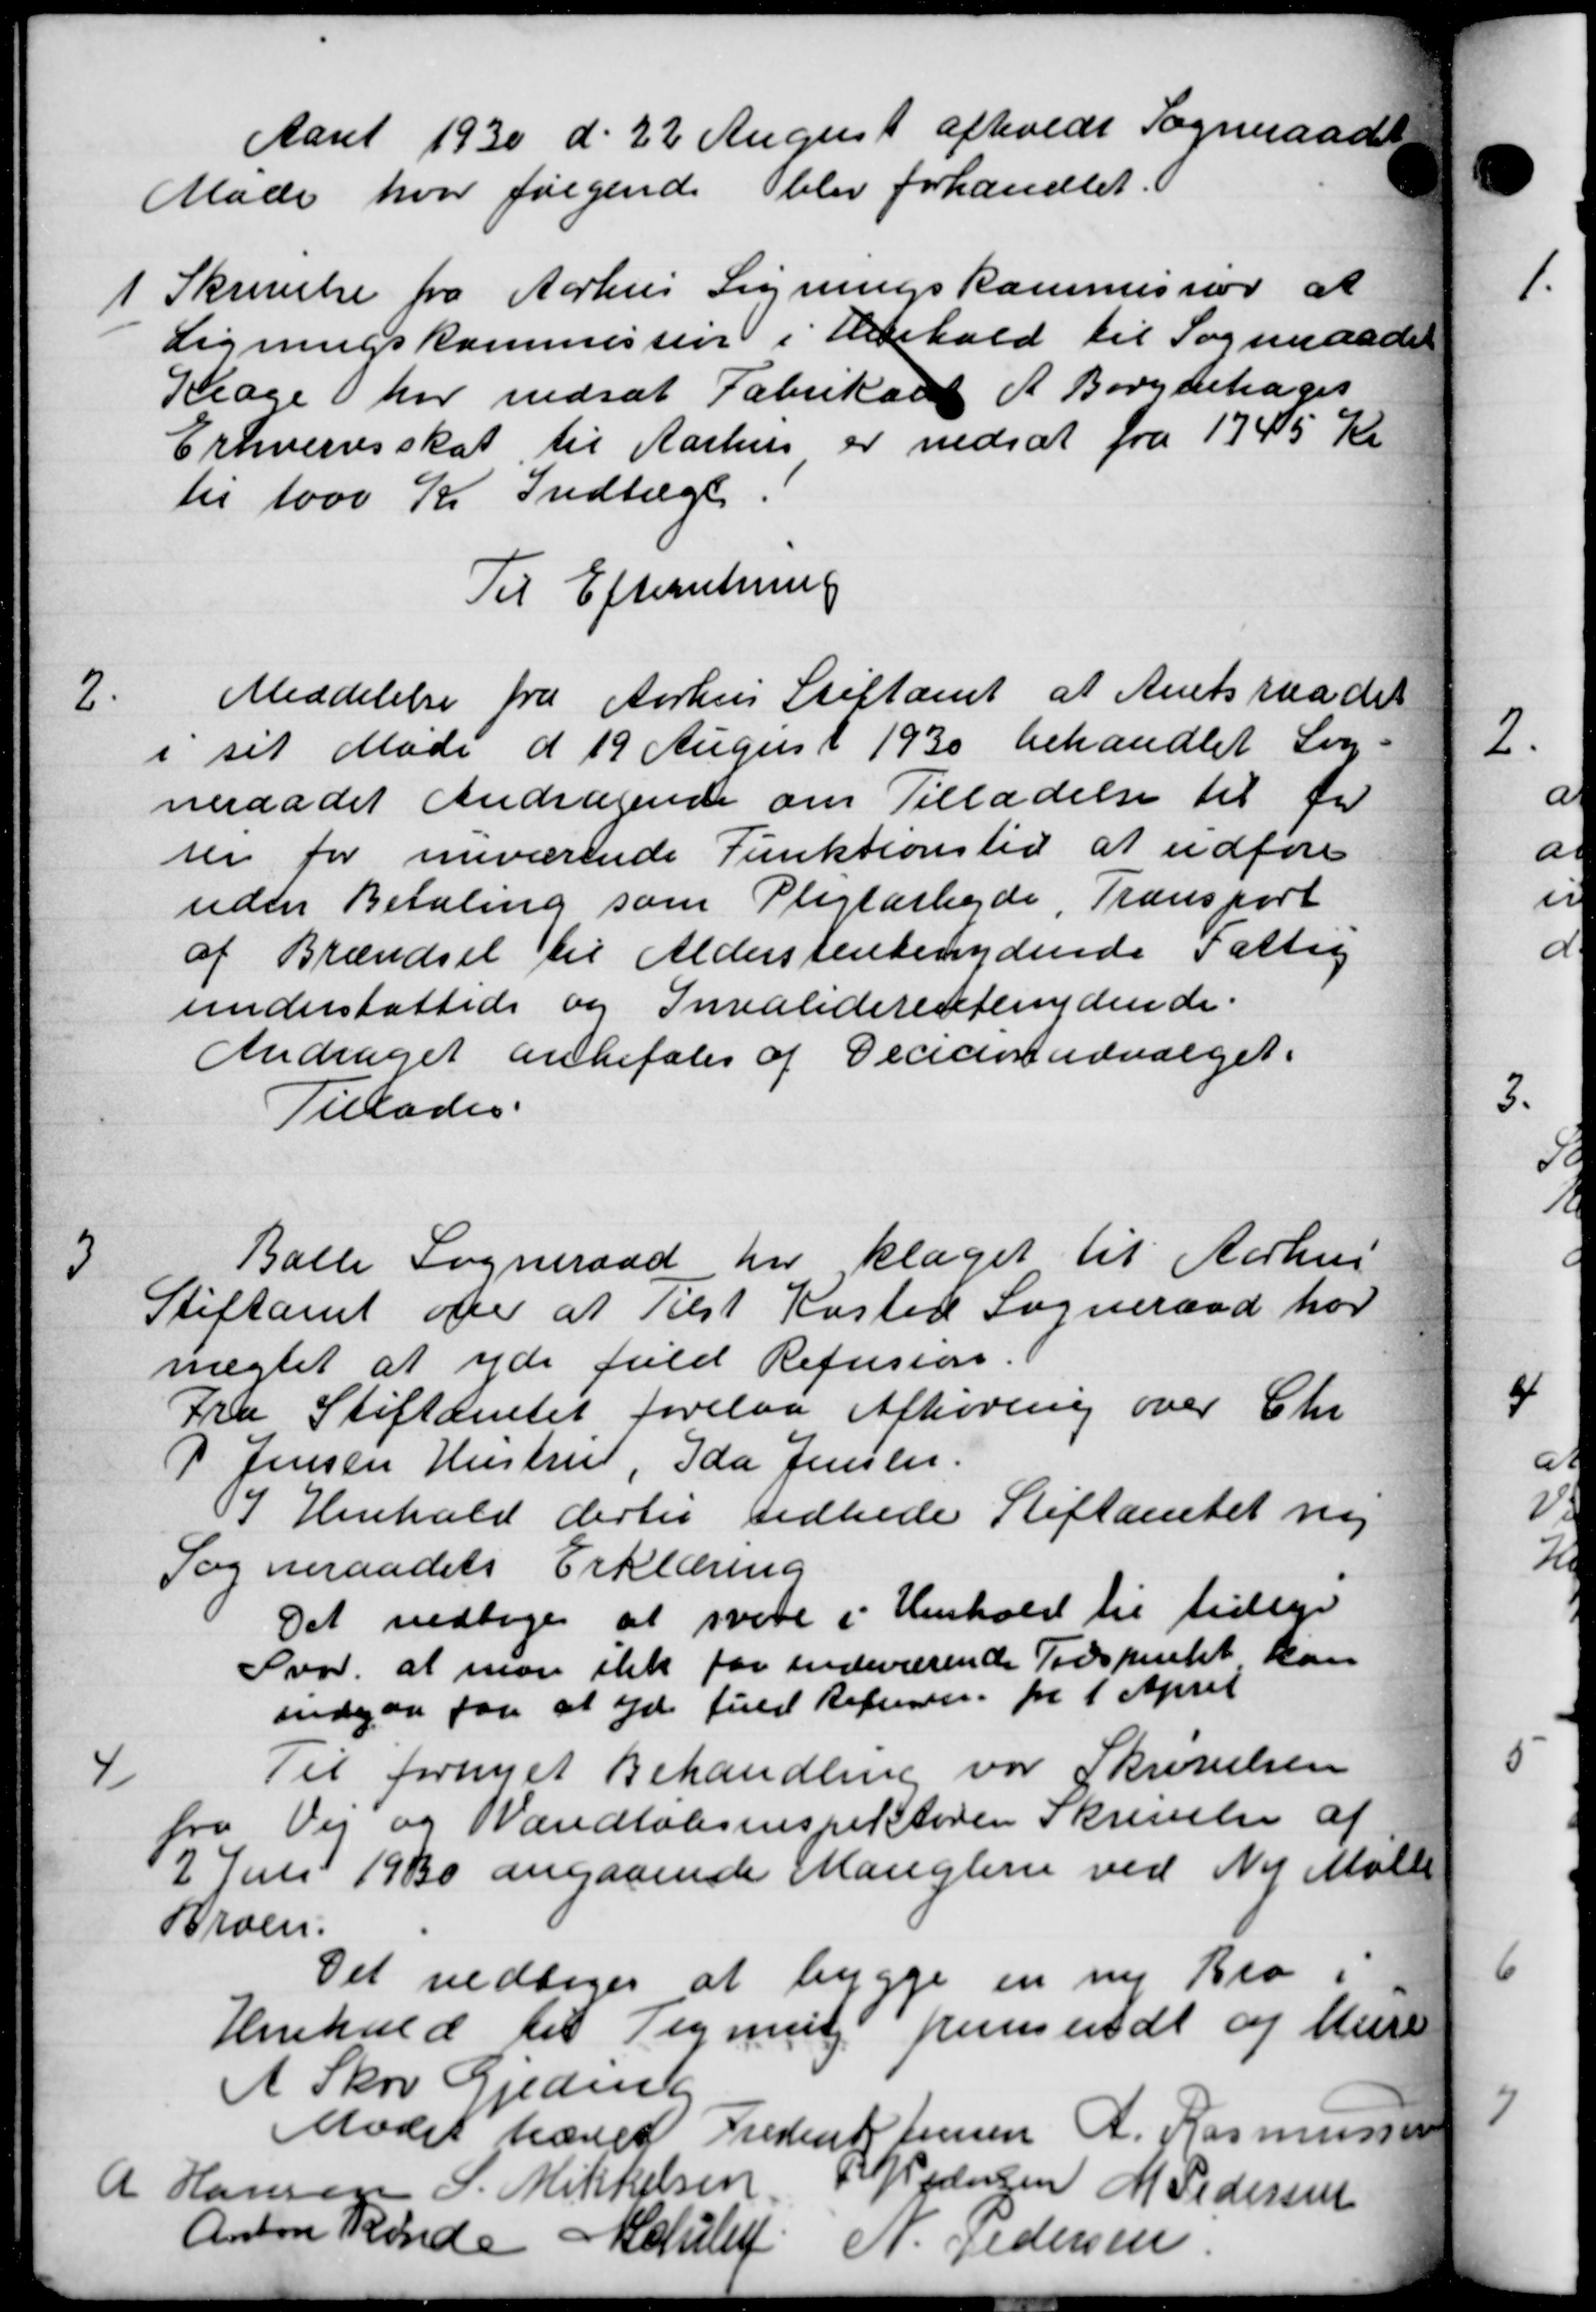
Transskription:
Aaret 1930 d. 22 August afholdt Sogneraadet
Møde hvor følgende blev forhandlet
1
Skrivelse fra Aarhus Ligningskommission at
Ligningskommission i Henhold til Sogneraadet
Klage har nedsat Fabrikant A. Borgetages
Erhvervsskat til Aarhus er nedsat fra 1745 Kr
til 1000 Kr Indtægt
Til Efterretning
2
Meddelelse fra Aarhus Stiftamt at Amtsraadet
i sit Møde d 19 August 1930 behandlet Lig-
neraadet Andragende om Tilladelse til fo
ser for nuværende Punktionstid at udføre
uden Betaling som Pligtarbejde, Transport
af Brændsel til Alderstentenydende Fattig
understøttede og Invaliderentenydende.
Andraget anbefales af Decianudvalget.
Tillades.

Balle Sogneraad har klaget til Aarhus
Stiftamt om at Tilst Kasted Sogneraad har
nægtet at yde fuld Refusion.
Fra Stiftamtet forelaa Afhøring over Chr
P Jensen Hustrup, Ida Jensen.
I Henhold dertil sidlede Stiftamtet ny
Sogneraadets Erklæring
Det vedtoges at svare i Henhold til tidlige
Svor at man ikke for indeværende Tidspunkt kan
indgaa for at Gdr. fuld Refussen fra 1 April
4
Til fornyet Behandling var Skrivelsen
fra Vej og Vandløbsinspektøren Skrivelse af
2 Juni 1930 angaaende Manglerne ved Ny Mølle
Broen.
Det vedtoges at bygge en ny Bro.
Henhold til Tegning fremsendt af Mure
A Skov Gjeding
Mødet hævet Frederik Jensen A. Rasmussen
A Hansen S. Mikkelsen
P P Pedersen M Pedersen
Anton Rende Moulu
N. Pedersen